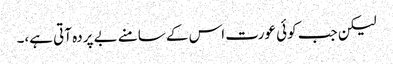
لیکن جب کوئی عورت اس کے سامنے بے پردہ آتی ہے،۔